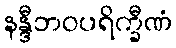
နန္ဒီဘဝပရိက္ခီဏံ